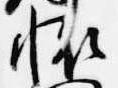
懐